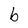
Character: b